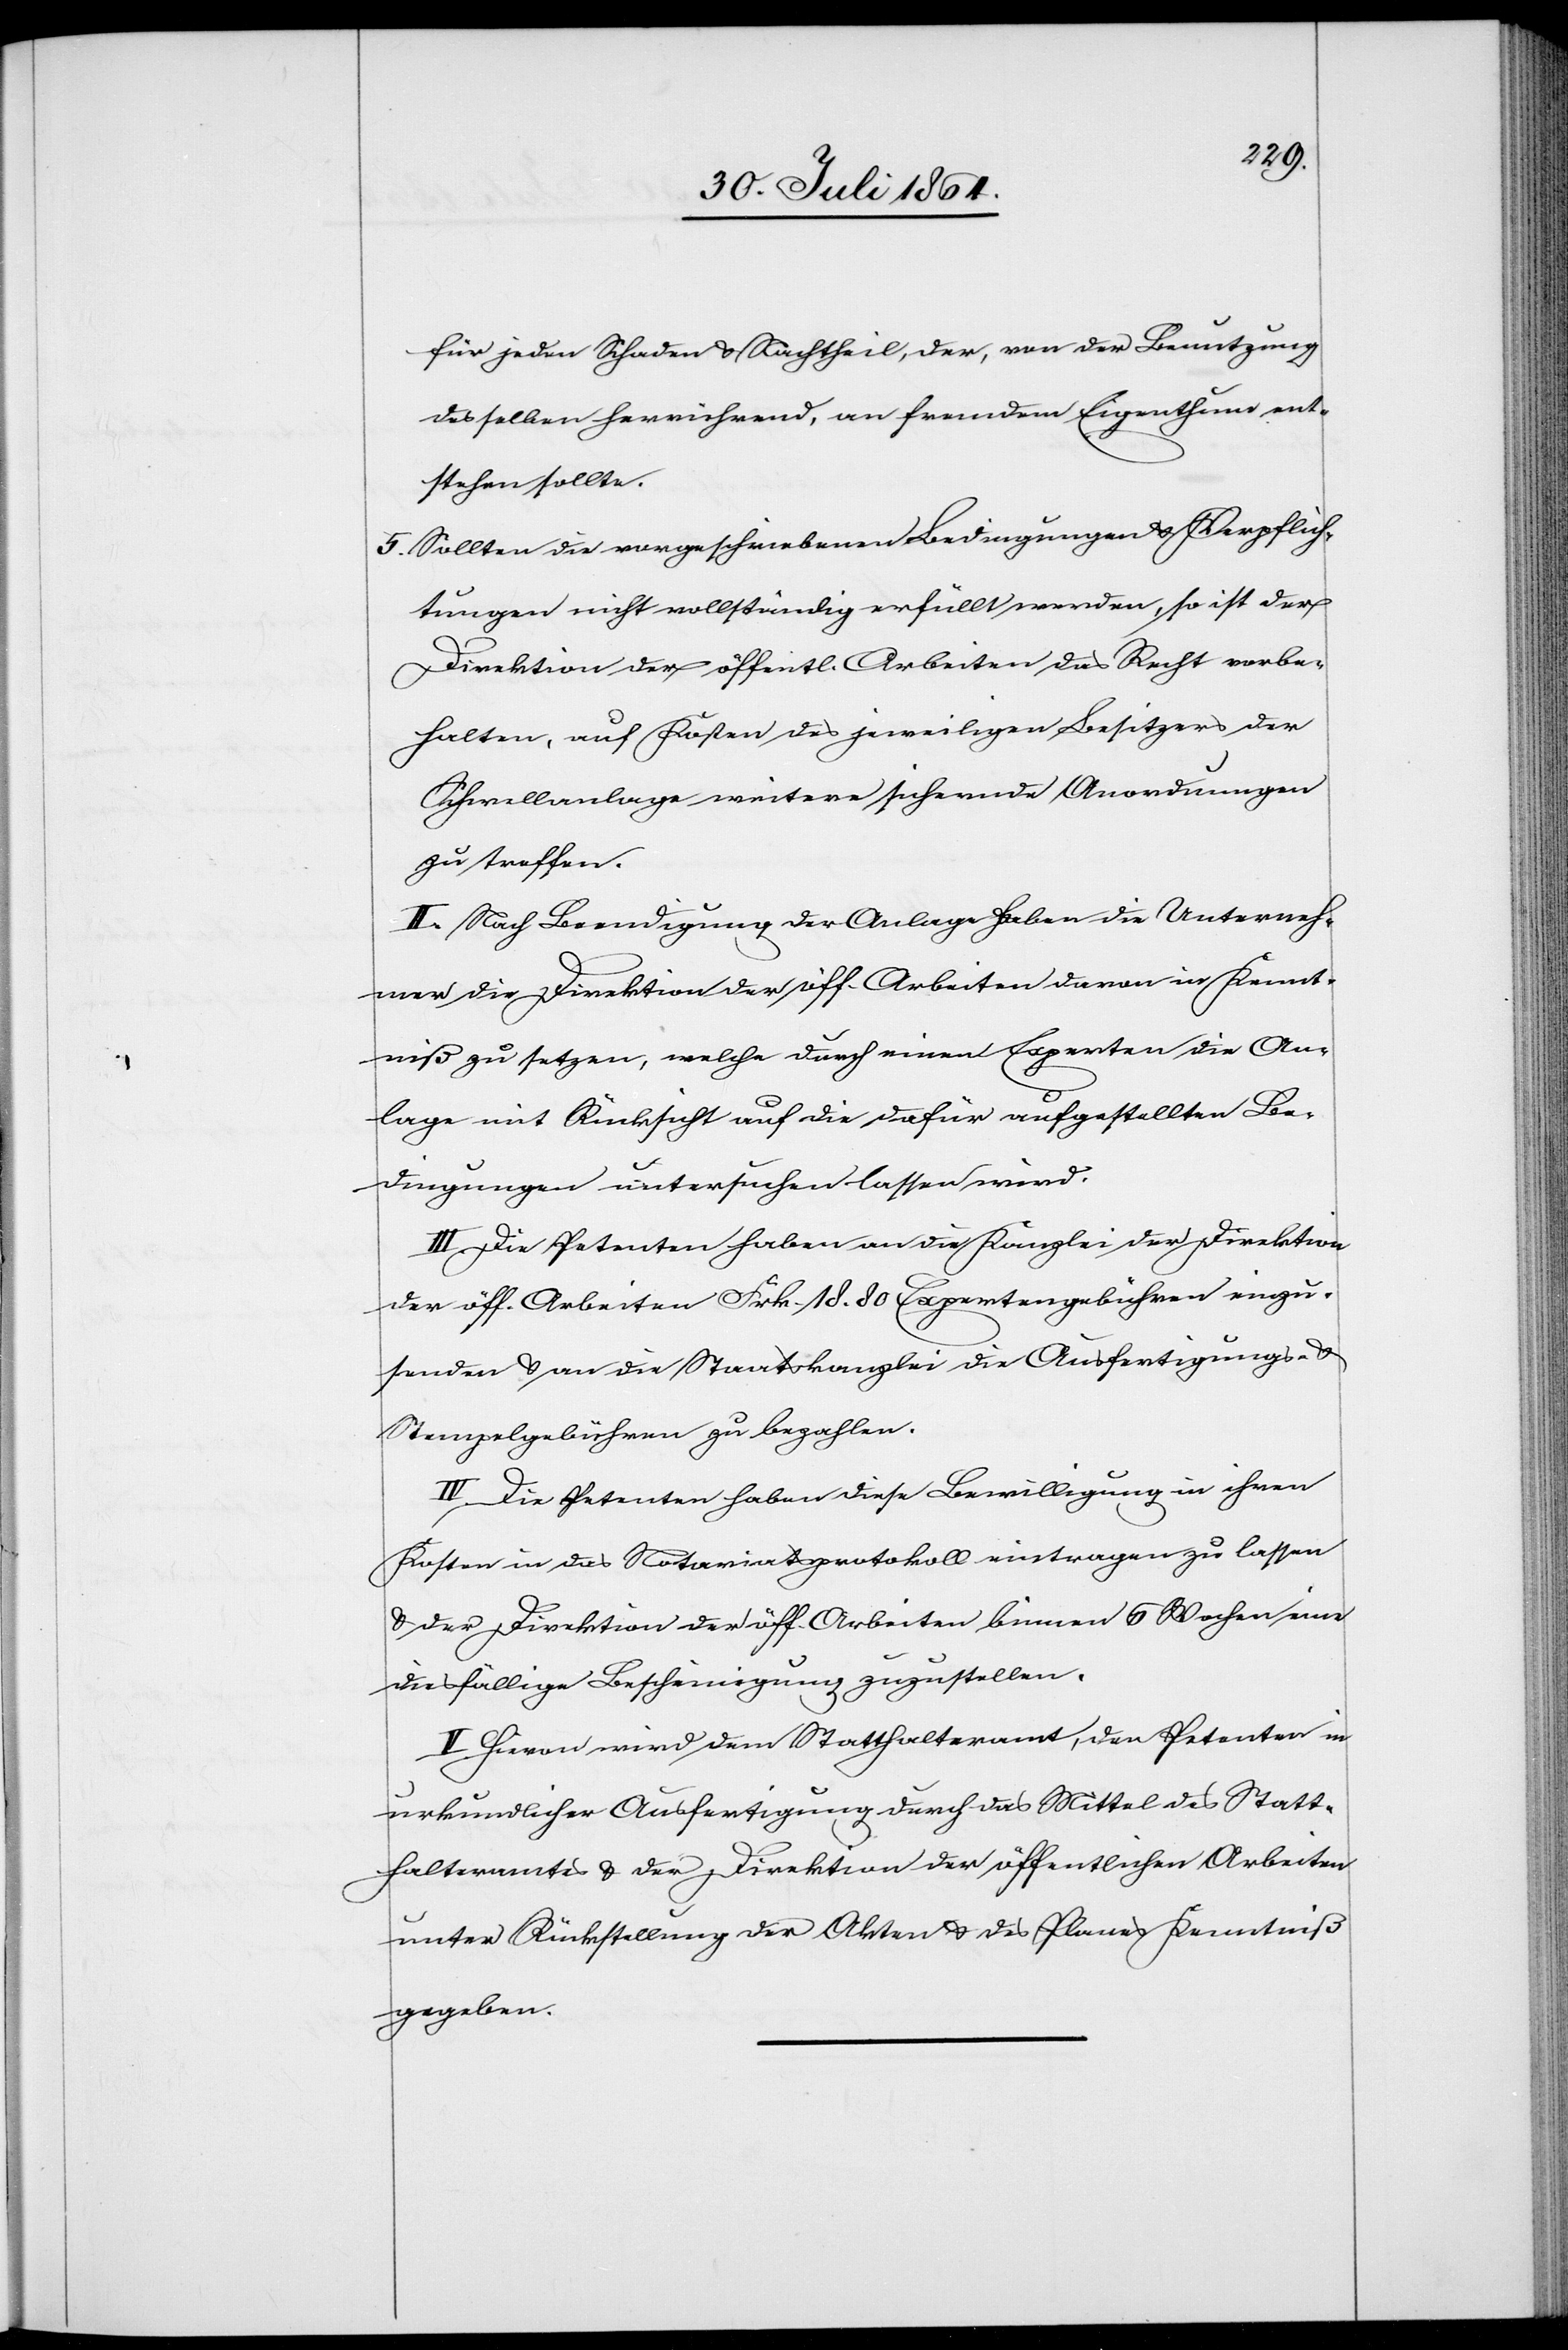
für jeden Schaden & Nachtheil, der, von der Benutzung
desselben herrührend, an fremdem Eigenthum ent¬
stehen sollte.
5. Sollten die vorgeschriebenen Bedingungen & Verpflich¬
tungen nicht vollständig erfüllt werden, so ist der
Direktion der öffentl. Arbeiten das Recht vorbe¬
halten, auf Kosten des jeweiligen Besitzers der
Schwellanlage weitere sichernde Anordnungen
zu treffen.
II. Nach Beendigung der Anlage haben die Unterneh¬
mer die Direktion der öff. Arbeiten davon in Kennt¬
niß zu setzen, welche durch einen Experten die An¬
lage mit Rücksicht auf die dafür aufgestellten Be¬
dingungen untersuchen lassen wird.
III. Die Petenten haben an die Kanzlei der Direktion
der öff. Arbeiten Frk. 18.80 Expertengebühren einzu¬
senden & an die Staatskanzlei die Ausfertigungs- &
Stempelgebühren zu bezahlen.
IV. Hievon wird dem Statthalteramt, den Petenten in
urkundlicher Ausfertigung durch das Mittel der Statt¬
halteramtes & der Direktion der öffentlichen Arbeiten
unter Rückstellung der Akten & des Planes Kenntniß
gegeben